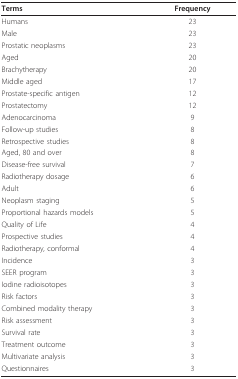
<table><thead><tr><td><b>Terms</b></td><td><b>Frequency</b></td></tr></thead><tbody><tr><td>Humans</td><td>23</td></tr><tr><td>Male</td><td>23</td></tr><tr><td>Prostatic neoplasms</td><td>23</td></tr><tr><td>Aged</td><td>20</td></tr><tr><td>Brachytherapy</td><td>20</td></tr><tr><td>Middle aged</td><td>17</td></tr><tr><td>Prostate-specific antigen</td><td>12</td></tr><tr><td>Prostatectomy</td><td>12</td></tr><tr><td>Adenocarcinoma</td><td>9</td></tr><tr><td>Follow-up studies</td><td>8</td></tr><tr><td>Retrospective studies</td><td>8</td></tr><tr><td>Aged, 80 and over</td><td>8</td></tr><tr><td>Disease-free survival</td><td>7</td></tr><tr><td>Radiotherapy dosage</td><td>6</td></tr><tr><td>Adult</td><td>6</td></tr><tr><td>Neoplasm staging</td><td>5</td></tr><tr><td>Proportional hazards models</td><td>5</td></tr><tr><td>Quality of Life</td><td>4</td></tr><tr><td>Prospective studies</td><td>4</td></tr><tr><td>Radiotherapy, conformal</td><td>4</td></tr><tr><td>Incidence</td><td>3</td></tr><tr><td>SEER program</td><td>3</td></tr><tr><td>Iodine radioisotopes</td><td>3</td></tr><tr><td>Risk factors</td><td>3</td></tr><tr><td>Combined modality therapy</td><td>3</td></tr><tr><td>Risk assessment</td><td>3</td></tr><tr><td>Survival rate</td><td>3</td></tr><tr><td>Treatment outcome</td><td>3</td></tr><tr><td>Multivariate analysis</td><td>3</td></tr><tr><td>Questionnaires</td><td>3</td></tr></tbody></table>